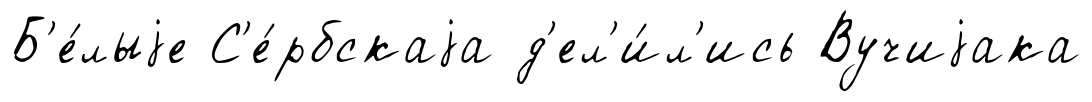
Б'е́лыjе С'е́рбскаjа д'ел'и́л'ись Вучиjака